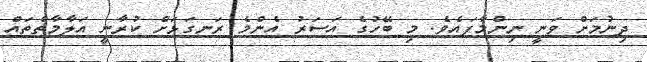
ދިނުމަށް ވަނީ ނިންމާފައެވެ. މި ބޭހުގެ އަސަރު އެންމެ ރަނގަޅަށް ކުރާނީ އަލާމާތްތައް